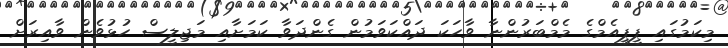
މިކަމުގައި ޕީޕީއެމްގެ މެމްބަރުންނާ ވާހަކަ ދައްކަވަމުން ގެންދަވާ ކަމަށާއި މަޖިލީސް ހުޅުވެން ވާއިރަށް